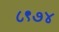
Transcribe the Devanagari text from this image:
८९७४